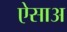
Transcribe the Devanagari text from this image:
ऐसाअ